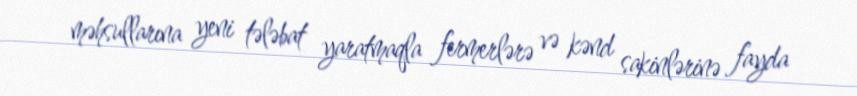
məhsullarına yeni tələbat yaratmaqla fermerlərə və kənd sakinlərinə fayda